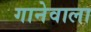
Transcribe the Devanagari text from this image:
गानेवाला